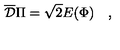
\overline { { \cal D } } \Pi = \sqrt 2 E ( \Phi ) \quad ,